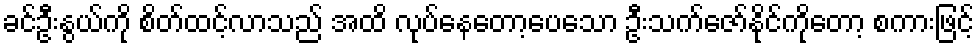
ခင်ဦးနွယ်ကို စိတ်ထင့်လာသည် အထိ လုပ်နေတော့ပေသော ဦးသက်ဇော်နိုင်ကိုတော့ စကားဖြင့်